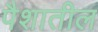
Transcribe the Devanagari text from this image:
पैशातील